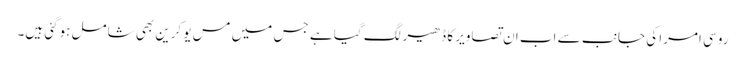
روسی امرا کی جانب سے اب ان تصاویر کا ڈھیر لگ گیا ہے جس میں مس یوکرین بھی شامل ہوگئی ہیں۔